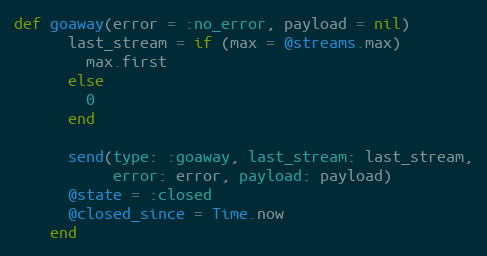
Language: Ruby
def goaway(error = :no_error, payload = nil)
      last_stream = if (max = @streams.max)
        max.first
      else
        0
      end

      send(type: :goaway, last_stream: last_stream,
           error: error, payload: payload)
      @state = :closed
      @closed_since = Time.now
    end